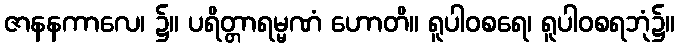
ဇာနနကာလေ၊ ၌။ ပရိတ္တာရမ္မဏံ ဟောတိ။ ရူပါဝစရေ၊ ရူပါဝစရဘုံ၌။